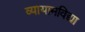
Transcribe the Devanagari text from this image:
व्यायामविद्या